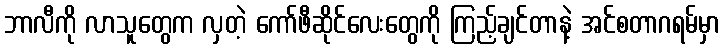
ဘာလီကို လာသူတွေက လှတဲ့ ကော်ဖီဆိုင်လေးတွေကို ကြည့်ချင်တာနဲ့ အင်စတာဂရမ်မှာ